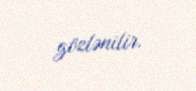
gözlənilir.